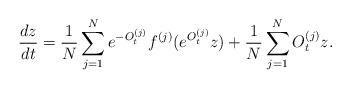
LaTeX: \begin{align*}\frac{dz}{dt}=\frac{1}{N}\sum\limits_{j=1}^{N}e^{-O_t^{(j)}}f^{(j)}(e^{O_t^{(j)}}z)+\frac{1}{N}\sum\limits_{j=1}^{N}O_t^{(j)}z.\end{align*}